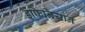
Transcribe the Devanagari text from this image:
इंफिनियोन